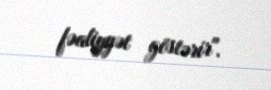
fəaliyyət göstərir".